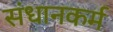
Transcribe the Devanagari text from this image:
संधानकर्म